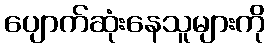
ပျောက်ဆုံးနေသူများကို